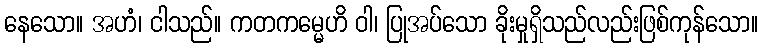
နေသော။ အဟံ၊ ငါသည်။ ကတကမ္မေဟိ ဝါ၊ ပြုအပ်သော ခိုးမှုရှိသည်လည်းဖြစ်ကုန်သော။